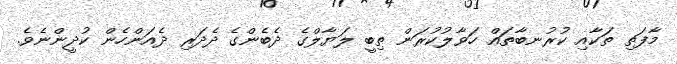
މާފަތި ތަކާއި ކުރުނބާތައް ހަވާލުކުރަން ތިބީ ލަޔާލްގެ ދެބެންގެ ދެދަރި ދެއަންހެން ކުދީންނެވެ.